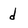
Character: d